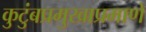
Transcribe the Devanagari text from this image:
कुटुंबप्रमुखाप्रमाणे